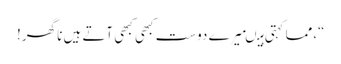
“،مما کہتی ہیںمیرے دوست کبھی کبھی آتے ہیں نا گھر!